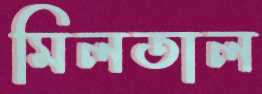
মিলতাল